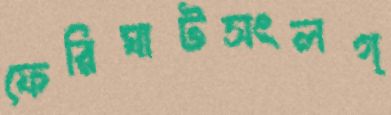
ফেরিঘাটসংলগ্